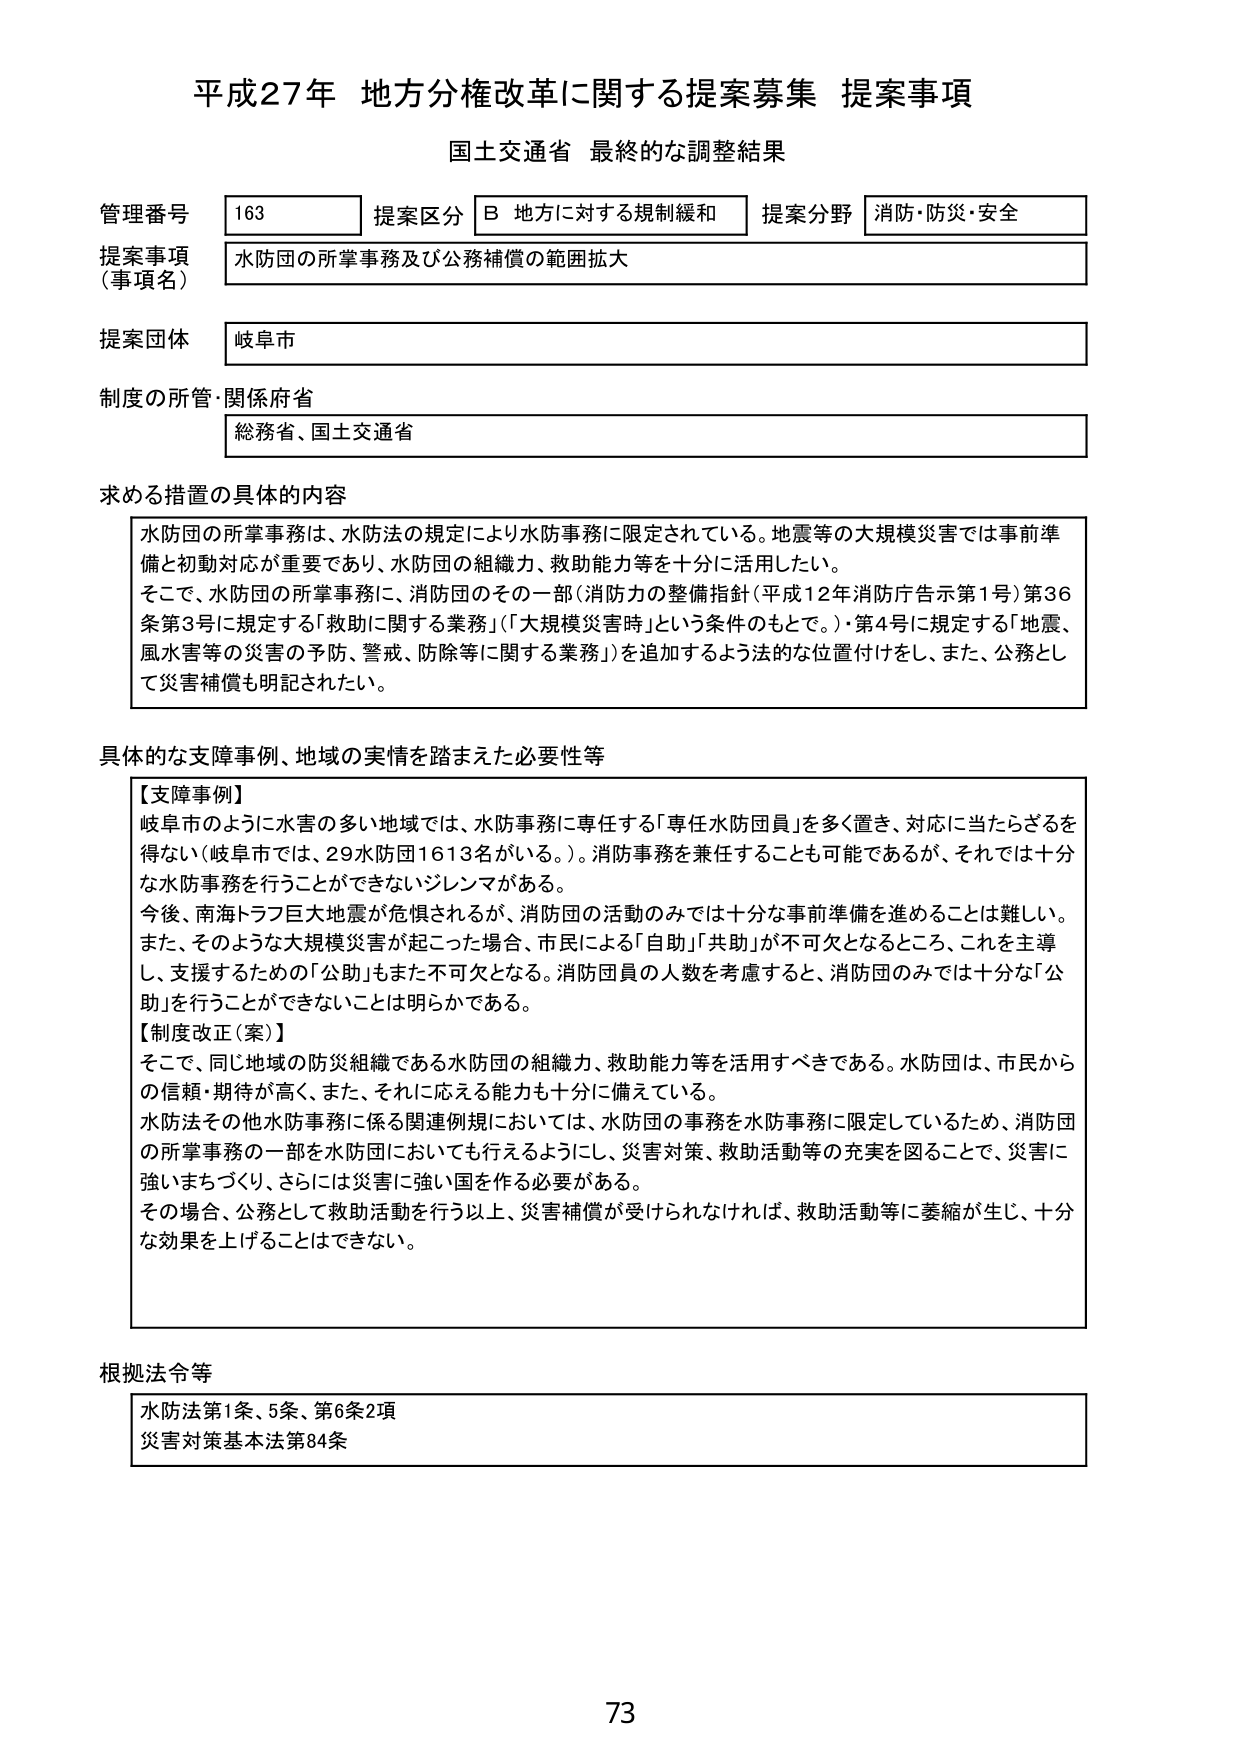
平成27年 地方分権改革に関する提案募集 提案事項
国土交通省 最終的な調整結果

管理番号 163
提案区分 B 地方に対する規制緩和
提案分野 消防・防災・安全

提案事項（事項名）
水防団の所掌事務及び公務補償の範囲拡大

提案団体
岐阜市

制度の所管・関係府省
総務省、国土交通省

求める措置の具体的内容
水防団の所掌事務は、水防法の規定により水防事務に限定されている。地震等の大規模災害では事前準備と初動対応が重要であり、水防団の組織力、救助能力等を十分に活用したい。
そこで、水防団の所掌事務に、消防団のその一部（消防力の整備指針（平成12年消防庁告示第1号）第36条第3号に規定する「救助に関する業務」（「大規模災害時」という条件のもとで。）・第4号に規定する「地震、風水害等の災害の予防、警戒、防除等に関する業務」）を追加するよう法的な位置付けをし、また、公務として災害補償も明記されたい。

具体的な支障事例、地域の実情を踏まえた必要性等
【支障事例】
岐阜市のように水害の多い地域では、水防事務に専任する「専任水防団員」を多く置き、対応に当たらざるを得ない（岐阜市では、29水防団1613名がいる。）。消防事務を兼任することも可能であるが、それでは十分な水防事務を行うことができないジレンマがある。
今後、南海トラフ巨大地震が危惧されるが、消防団の活動のみでは十分な事前準備を進めることは難しい。また、そのような大規模災害が起こった場合、市民による「自助」「共助」が不可欠となるところ、これを主導し、支援するための「公助」もまた不可欠となる。消防団員の人数を考慮すると、消防団のみでは十分な「公助」を行うことができないことは明らかである。
【制度改正（案）】
そこで、同じ地域の防災組織である水防団の組織力、救助能力等を活用すべきである。水防団は、市民からの信頼・期待が高く、また、それに応える能力も十分に備えている。
水防法その他水防事務に係る関連例規においては、水防団の事務を水防事務に限定しているため、消防団の所掌事務の一部を水防団においても行えるようにし、災害対策、救助活動等の充実を図ることで、災害に強いまちづくり、さらには災害に強い国を作る必要がある。
その場合、公務として救助活動を行う以上、災害補償が受けられなければ、救助活動等に萎縮が生じ、十分な効果を上げることはできない。

根拠法令等
水防法第1条、5条、第6条2項
災害対策基本法第84条

73